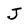
Character: J